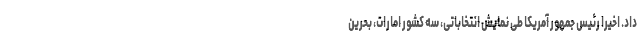
داد. اخیرا رئیس جمهور آمریکا طی نمایش انتخاباتی، سه کشور امارات، بحرین